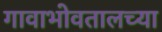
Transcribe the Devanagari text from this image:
गावाभोवतालच्या